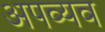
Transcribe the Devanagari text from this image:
अपव्यव